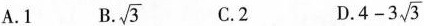
A.1 B. \sqrt{3} C.2 D. $$4-3 \sqrt{3}$$